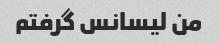
من لیسانس گرفتم